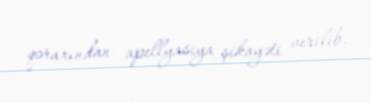
qərarından apellyasiya şikayəti verilib.